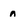
Character: n